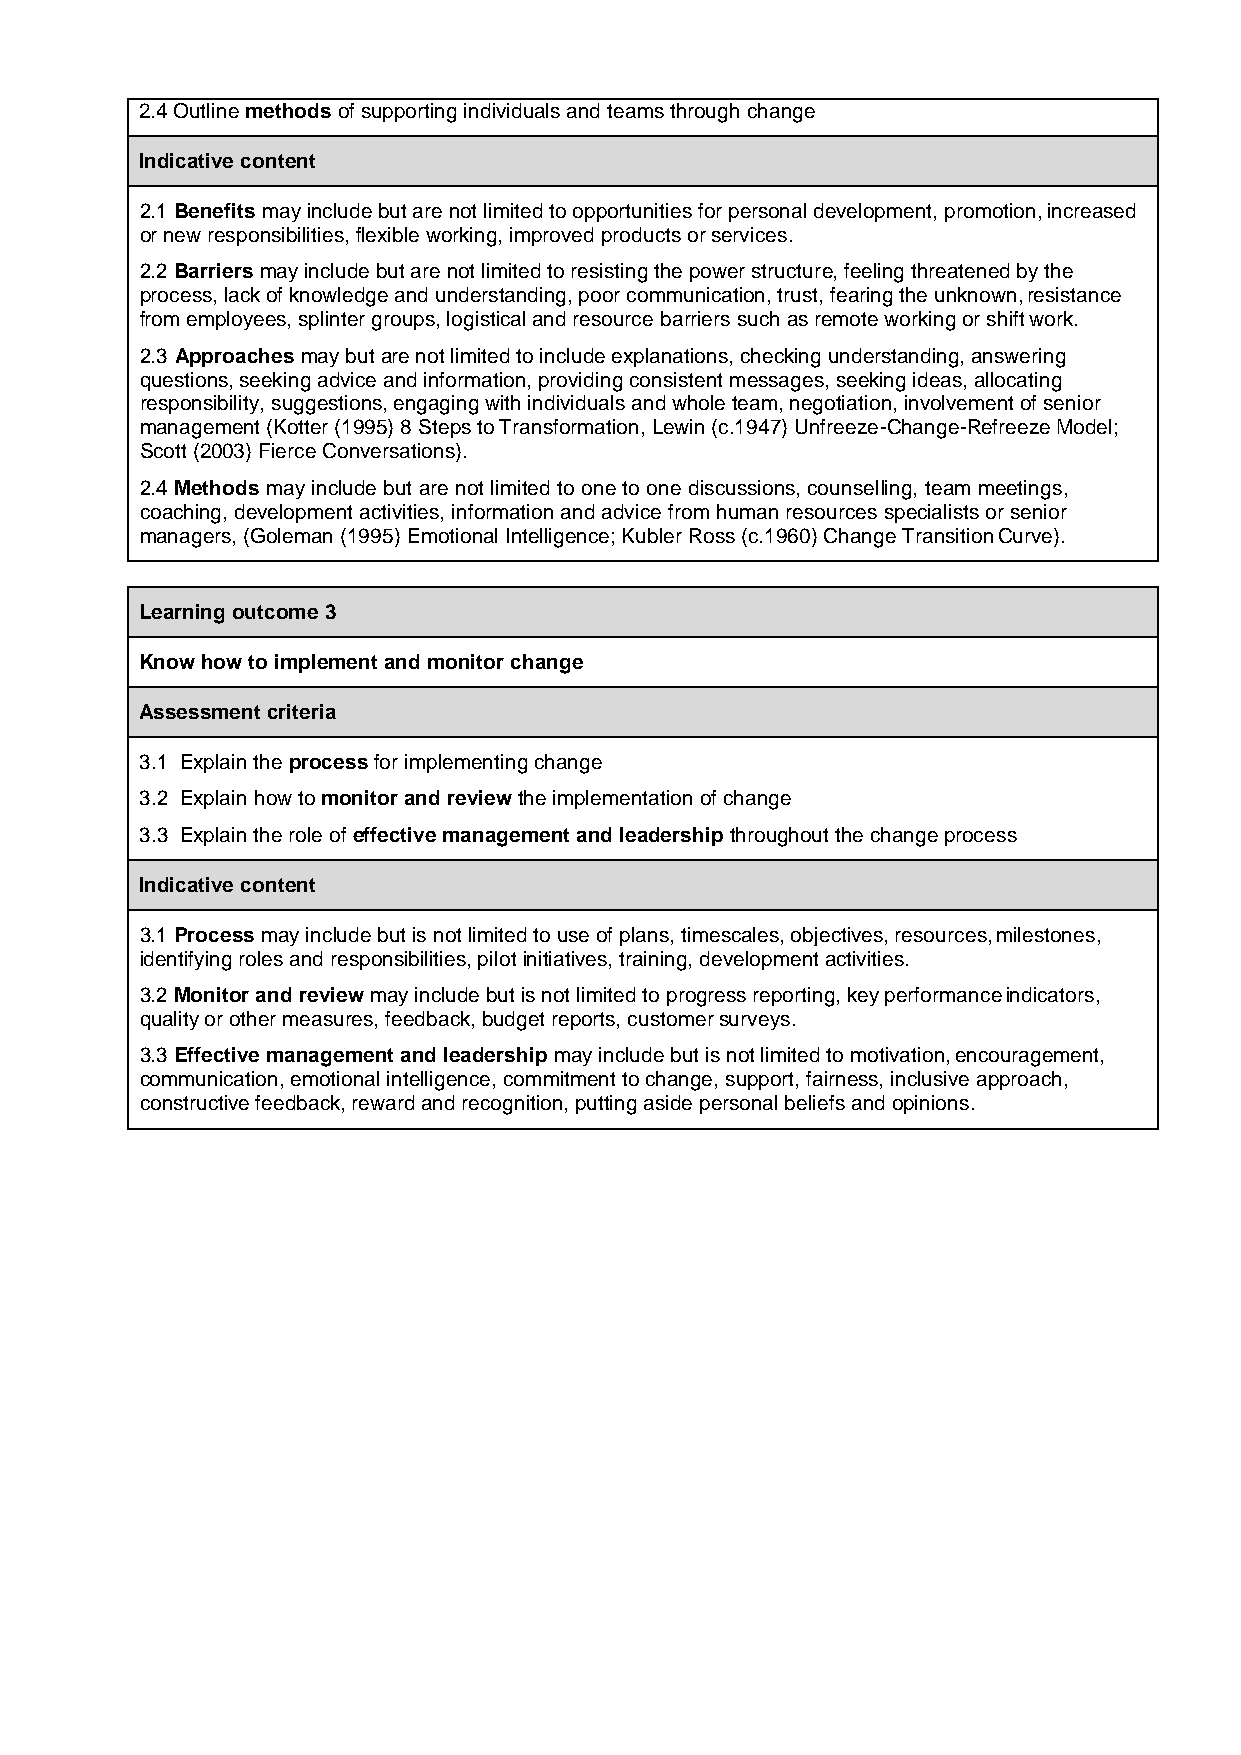
2.4 Outline methods of supporting individuals and teams through change
 Indicative content
 2.1 Benefits may include but are not limited to opportunities for personal development, promotion, increased
 or new responsibilities, flexible working, improved products or services.
 2.2 Barriers may include but are not limited to resisting the power structure, feeling threatened by the
 process, lack of knowledge and understanding, poor communication, trust, fearing the unknown, resistance
 from employees, splinter groups, logistical and resource barriers such as remote working or shift work.
 2.3 Approaches may but are not limited to include explanations, checking understanding, answering
 questions, seeking advice and information, providing consistent messages, seeking ideas, allocating
 responsibility, suggestions, engaging with individuals and whole team, negotiation, involvement of senior
 management (Kotter (1995) 8 Steps to Transformation, Lewin (c.1947) Unfreeze-Change-Refreeze Model;
 Scott (2003) Fierce Conversations).
 2.4 Methods may include but are not limited to one to one discussions, counselling, team meetings,
 coaching, development activities, information and advice from human resources specialists or senior
 managers, (Goleman (1995) Emotional Intelligence; Kubler Ross (c.1960) Change Transition Curve).
 Learning outcome 3
 Know how to implement and monitor change
 Assessment criteria
 3.1 Explain the process for implementing change
 3.2 Explain how to monitor and review the implementation of change
 3.3 Explain the role of effective management and leadership throughout the change process
 Indicative content
 3.1 Process may include but is not limited to use of plans, timescales, objectives, resources, milestones,
 identifying roles and responsibilities, pilot initiatives, training, development activities.
 3.2 Monitor and review may include but is not limited to progress reporting, key performance indicators,
 quality or other measures, feedback, budget reports, customer surveys.
 3.3 Effective management and leadership may include but is not limited to motivation, encouragement,
 communication, emotional intelligence, commitment to change, support, fairness, inclusive approach,
 constructive feedback, reward and recognition, putting aside personal beliefs and opinions.
 40